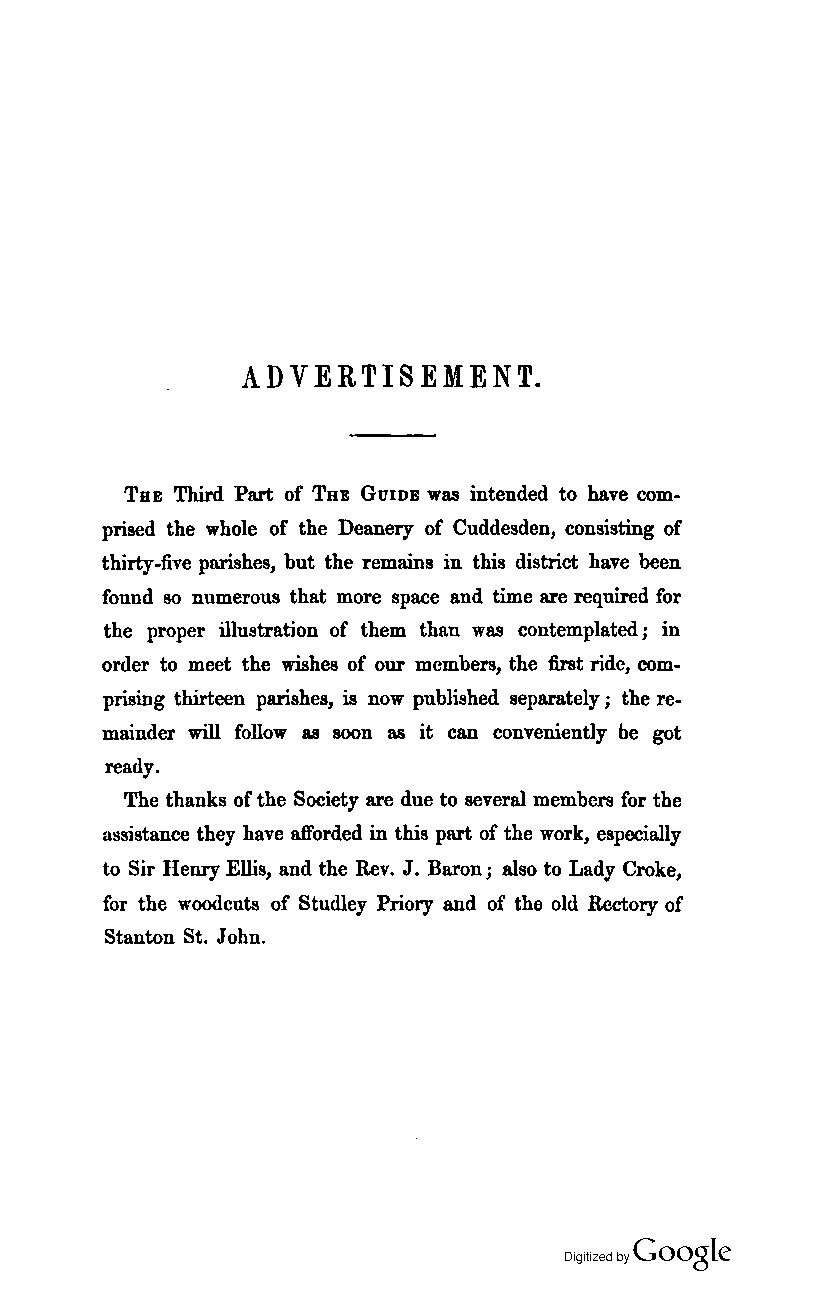
ADVERTISEMENT.
 THE Third Part of THE GUIDE was intended to have com
 prised the whole of the Deanery of Cuddesden, consisting of
 thirty-five parishes, but the remains in this district have been
 found 80 numerous that more space and time are required for
 the proper illustration of them than was contemplated; in
 order to meet the wishes of our members, the first ride, com
 prising thirteen parishes, is now published separately; the re
 mainder will follow as soon as it can convenient1y be got
 ready.
 The thanks of the Society are due to several members for the
 assistance they have afforded in this part of the work, especially
 to Sir Henry Ellis, and the Rev. J. Baron; also to Lady Croke,
 for the woodcuts of Studley Priory and of the old Rectory of
 Stanton St. John.
 Coogle
 Digitized by